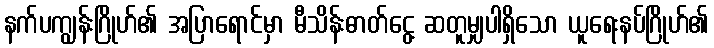
နက်ပကျွန်းဂြိုဟ်၏ အပြာရောင်မှာ မီသိန်းဓာတ်ငွေ့ ဆတူမျှပါရှိသော ယူရေးနပ်ဂြိုဟ်၏